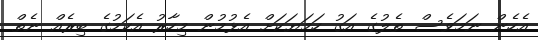
އެހެން ނަމަވެސް ތެލުގެ އަގު ހަމަޔަކަށް އެޅުމުން މިހާރު އެކަމުގެ ބިރެއް ނެތް